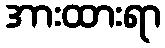
အားထားရာ